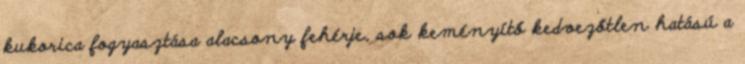
kukorica fogyasztása alacsony fehérje, sok keményítő kedvezőtlen hatású a